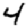
Digit: 4